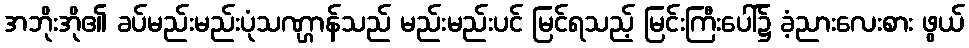
အဘိုးအို၏ ခပ်မည်းမည်းပုံသဏ္ဌာန်သည် မည်းမည်းပင် မြင်ရသည့် မြင်းကြီးပေါ်၌ ခံ့ညားလေးစား ဖွယ်